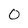
Character: 0